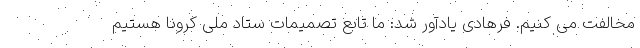
مخالفت می کنیم. فرهادی یادآور شد: ما تابع تصمیمات ستاد ملی کرونا هستیم